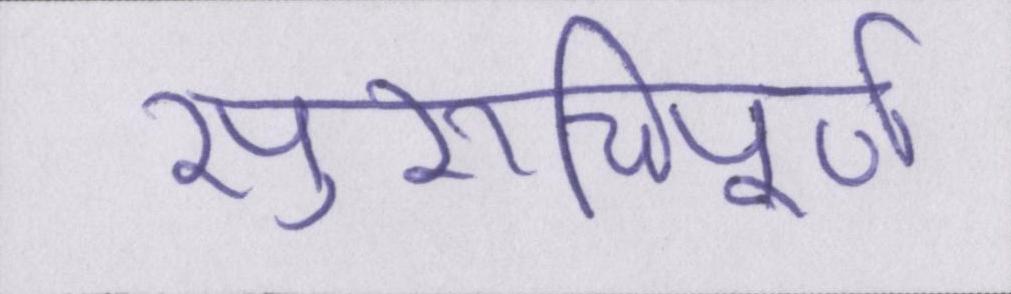
सुरुचिपूर्ण